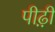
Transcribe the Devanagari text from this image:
पीढ़़ी